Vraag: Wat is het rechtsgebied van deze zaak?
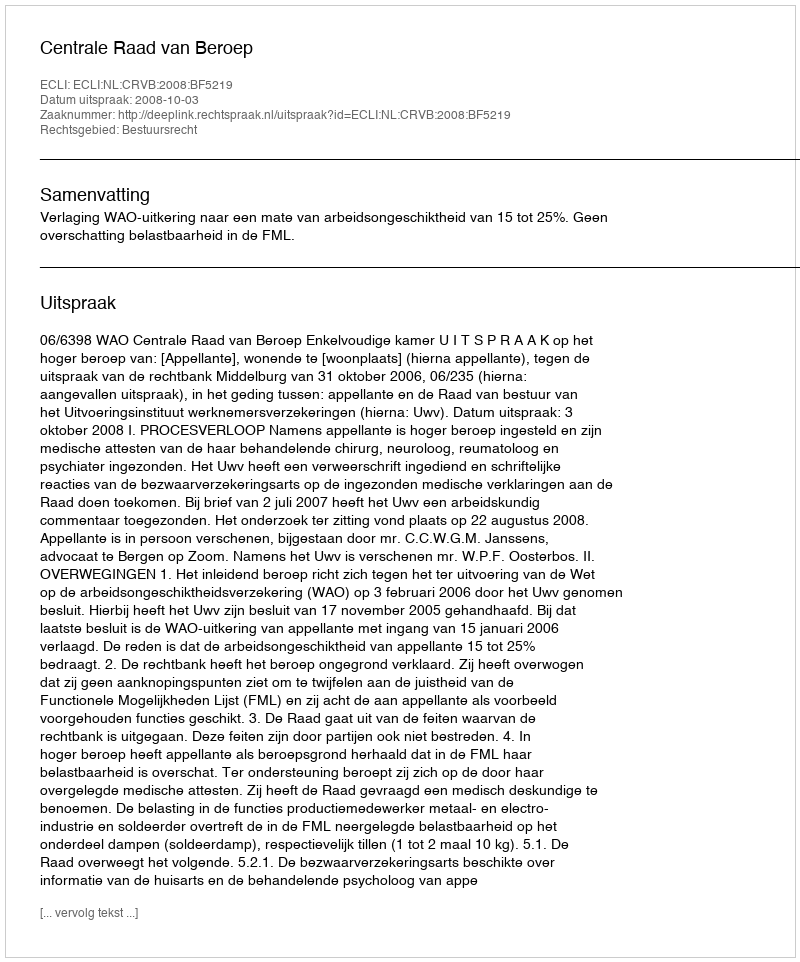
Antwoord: Bestuursrecht